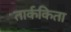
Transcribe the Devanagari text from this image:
तार्ककिता